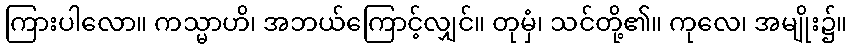
ကြားပါလော။ ကသ္မာဟိ၊ အဘယ်ကြောင့်လျှင်။ တုမှံ၊ သင်တို့၏။ ကုလေ၊ အမျိုး၌။